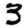
Digit: 3